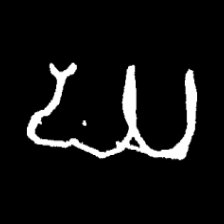
Pyu character \u2014 Myanmar letter: ဃ (romanized: gha)